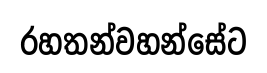
රහතන්වහන්සේට